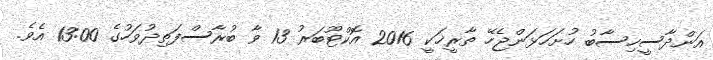
އަންދާސީހިސާބު ހުށަހަޅަންޖެހޭ ތާރީޚަކީ 2016 އޮކްޓޫބަރު 13 ވާ ބުރާސްފަތިދުވަހުގެ 13:00 އެވެ.